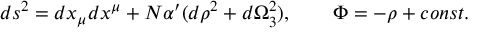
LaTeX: d s ^ { 2 } = d x _ { \mu } d x ^ { \mu } + N \alpha ^ { \prime } ( d \rho ^ { 2 } + d \Omega _ { 3 } ^ { 2 } ) , \qquad \Phi = - \rho + c o n s t .